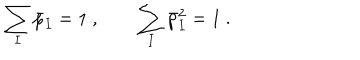
\sum _ { I } \bar { p } _ { I } = 1 \ , \qquad \sum _ { I } \bar { p } _ { I } ^ { 2 } = 1 \ .